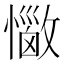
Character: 𢣈